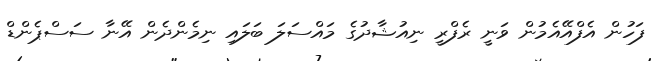
ފަހުން އެފްއޭއެމުން ވަނީ ރެފްރީ ނިއުޝާދުގެ މައްސަލަ ބަލައި ނިމެންދެން އޭނާ ސަސްޕެންޑް